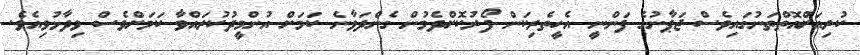
ކުރިއަށްއޮތްތަނުގައިވެސް ޖަޕާނުގެ ފަންނީ އެހީތެރިކަން ފޯރުކޮށްދެމުން ގެންދަވާނެ ކަމަށް އުންމީދުކުރައްވާ ކަމަށްވެސް ވިދާޅުވިއެވެ.